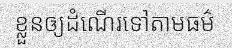
ខ្លួនឲ្យដំណើរទៅតាមធម៌